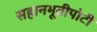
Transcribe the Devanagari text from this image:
सहानभूतीपोटी